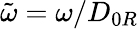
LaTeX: \tilde{\omega}={{\omega}}/{D_{0R}}